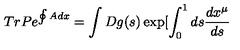
T r P e ^ { \oint A d x } = \int D g ( s ) \exp [ \int _ { 0 } ^ { 1 } d s \frac { d x ^ { \mu } } { d s }